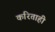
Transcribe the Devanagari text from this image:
करिताही